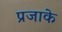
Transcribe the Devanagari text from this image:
प्रजाके